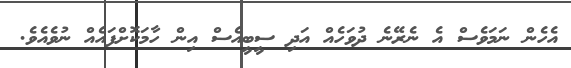
އެހެން ނަމަވެސް އެ ނެރޭނެ ދުވަހެއް އަދި ސީބީއެސް އިން ހާމަކޮށްފައެއް ނުވެއެވެ.